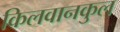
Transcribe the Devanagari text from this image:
किलवानकुल